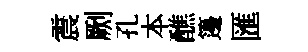
震劂孔本醮籩匯